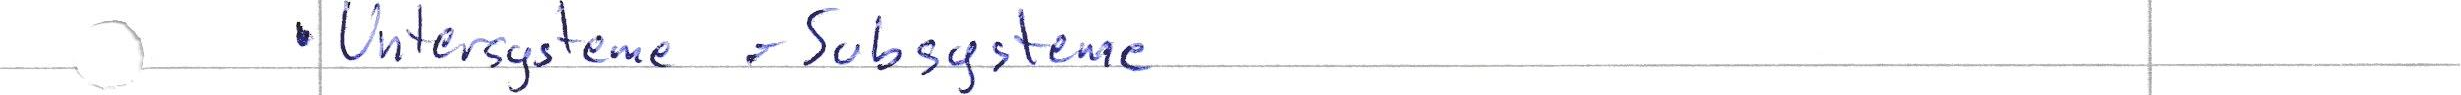
Untersysteme = Subsysteme